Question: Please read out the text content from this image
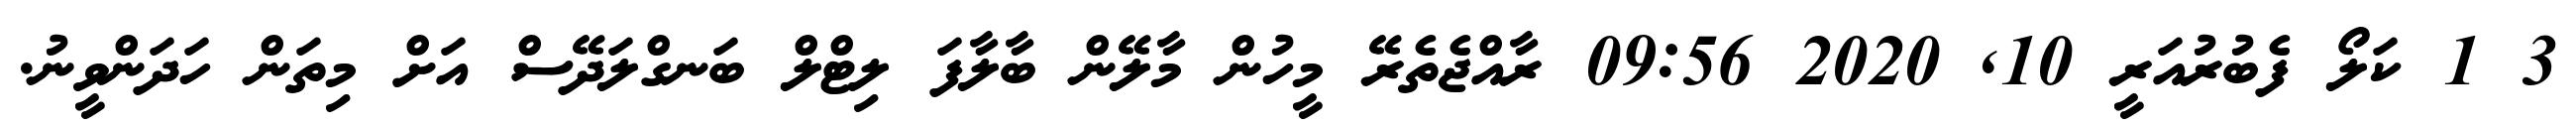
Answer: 3 1 ކަލޯ ފެބުރުއަރީ 10, 2020 09:56 ރާއްޖެތެރޭ މީހުން މާލޭން ބާލާފަ ލިޓްލް ބަނގްލަދޭސް އަށް މިތަން ހަދަންވީނު.